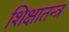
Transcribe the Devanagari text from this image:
शिक्षातन्त्र